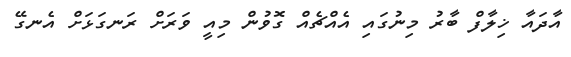
އާދައާ ޚިލާފް ބާރު މިނުގައި އެއްޗެއް ގޮވުން މިއީ ވަރަށް ރަނގަޅަށް އެނގޭ